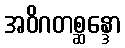
အဝိဂတစ္ဆန္ဒော